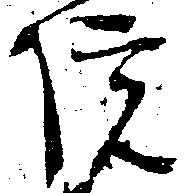
院